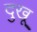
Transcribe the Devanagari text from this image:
दुखू